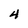
Character: 4